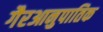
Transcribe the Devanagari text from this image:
गैरआनुपातिक